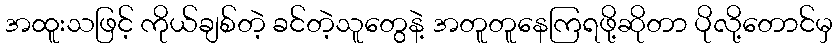
အထူးသဖြင့် ကိုယ်ချစ်တဲ့ ခင်တဲ့သူတွေနဲ့ အတူတူနေကြရဖို့ဆိုတာ ပိုလို့တောင်မှ